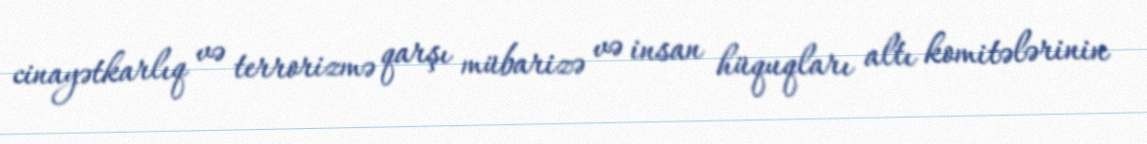
cinayətkarlıq və terrorizmə qarşı mübarizə və insan hüquqları altı komitələrinin